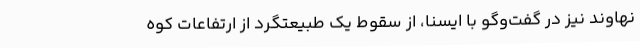
نهاوند نیز در گفت‌وگو با ایسنا، از سقوط یک طبیعتگرد از ارتفاعات کوه